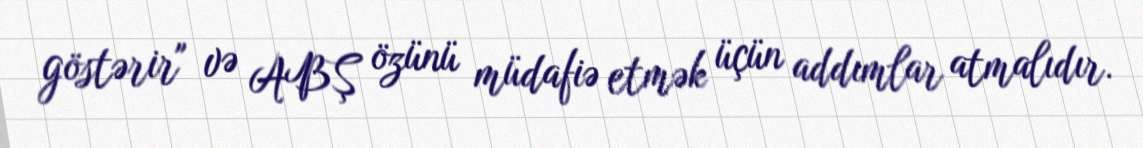
göstərir" və ABŞ özünü müdafiə etmək üçün addımlar atmalıdır.